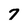
Character: 7